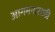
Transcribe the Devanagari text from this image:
आगमनासाठी